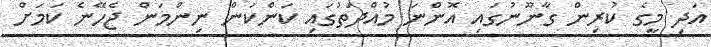
އަދި މީގެ ކުރިން ގާނޫނުގައި އޮންނަ މުއްދަތުގައި ކަންކަން ނިންމަން ޖެހޭނެ ކަމަށް